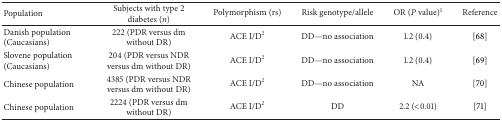
<table><thead><tr><td><b>Population</b></td><td><b>Subjects with type 2 diabetes (<i>n</i>)</b></td><td><b>Polymorphism (rs)</b></td><td><b>Risk genotype/allele</b></td><td><b>OR (<i>P</i> value)<sup>1</sup></b></td><td><b>Reference</b></td></tr></thead><tbody><tr><td>Danish population (Caucasians)</td><td>222 (PDR versus dm without DR)</td><td>ACE I/D<sup>2</sup></td><td>DD—no association</td><td>1.2 (0.4)</td><td>[68]</td></tr><tr><td>Slovene population (Caucasians)</td><td>204 (PDR versus NDR versus dm without DR)</td><td>ACE I/D<sup>2</sup></td><td>DD—no association</td><td>1.2 (0.4)</td><td>[69]</td></tr><tr><td>Chinese population</td><td>4385 (PDR versus NDR versus dm without DR)</td><td>ACE I/D<sup>2</sup></td><td>DD—no association</td><td>NA</td><td>[70]</td></tr><tr><td>Chinese population</td><td>2224 (PDR versus dm without DR)</td><td>ACE I/D<sup>2</sup></td><td>DD </td><td>2.2 (&lt;0.01)</td><td>[71]</td></tr></tbody></table>